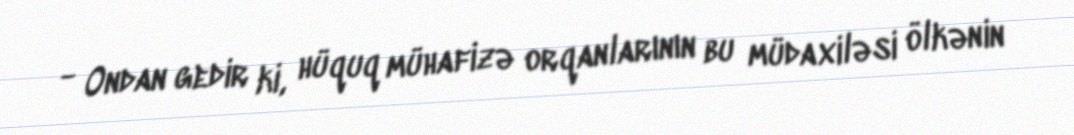
- Ondan gedir ki, hüquq mühafizə orqanlarının bu müdaxiləsi ölkənin